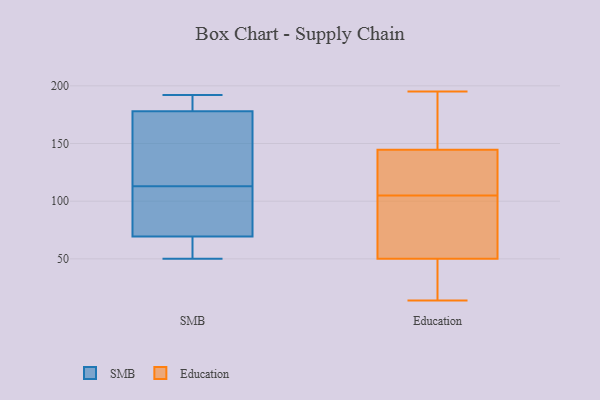
{"axis": {"x": "Energy Usage (MWh)", "y": "Value"}, "legend": ["Education", "SMB"], "data": [{"x": "", "y": 99, "type": "SMB"}, {"x": "", "y": 113, "type": "SMB"}, {"x": "", "y": 140, "type": "SMB"}, {"x": "", "y": 175, "type": "SMB"}, {"x": "", "y": 183, "type": "SMB"}, {"x": "", "y": 67, "type": "SMB"}, {"x": "", "y": 50, "type": "SMB"}, {"x": "", "y": 141, "type": "SMB"}, {"x": "", "y": 77, "type": "SMB"}, {"x": "", "y": 54, "type": "SMB"}, {"x": "", "y": 50, "type": "SMB"}, {"x": "", "y": 179, "type": "SMB"}, {"x": "", "y": 192, "type": "SMB"}, {"x": "", "y": 192, "type": "SMB"}, {"x": "", "y": 82, "type": "SMB"}, {"x": "", "y": 51, "type": "SMB"}, {"x": "", "y": 190, "type": "SMB"}, {"x": "", "y": 127, "type": "SMB"}, {"x": "", "y": 79, "type": "SMB"}, {"x": "", "y": 141, "type": "Education"}, {"x": "", "y": 87, "type": "Education"}, {"x": "", "y": 14, "type": "Education"}, {"x": "", "y": 148, "type": "Education"}, {"x": "", "y": 155, "type": "Education"}, {"x": "", "y": 102, "type": "Education"}, {"x": "", "y": 41, "type": "Education"}, {"x": "", "y": 122, "type": "Education"}, {"x": "", "y": 34, "type": "Education"}, {"x": "", "y": 49, "type": "Education"}, {"x": "", "y": 108, "type": "Education"}, {"x": "", "y": 185, "type": "Education"}, {"x": "", "y": 112, "type": "Education"}, {"x": "", "y": 195, "type": "Education"}, {"x": "", "y": 71, "type": "Education"}, {"x": "", "y": 134, "type": "Education"}, {"x": "", "y": 51, "type": "Education"}, {"x": "", "y": 87, "type": "Education"}, {"x": "", "y": 16, "type": "Education"}, {"x": "", "y": 162, "type": "Education"}]}